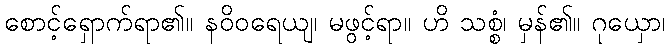
စောင့်ရှောက်ရာ၏။ နဝိဝရေယျ၊ မဖွင့်ရာ။ ဟိ သစ္စံ၊ မှန်၏။ ဂုယှော၊